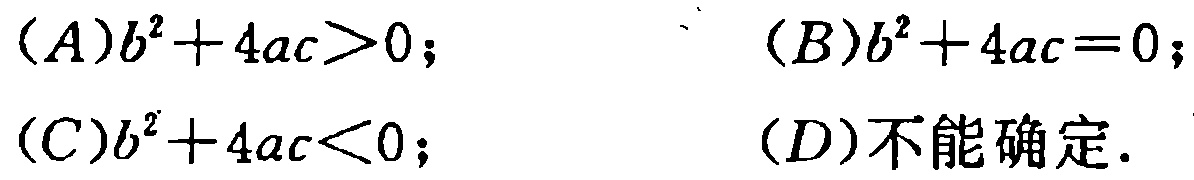
\((A)b^{2}+4ac>0;\)

\((B)b^{2}+4ac = 0;\)

\((C)b^{2}+4ac<0;\)

\((D)\text{不能确定}.\)